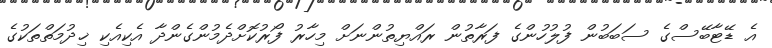
އެ ޑޭޓާބޭސްގެ ސަބަބުން ފުލުހުންގެ ފަރާތުން ރައްޔިތުންނަށް މިހާރު ފޯރުކޮށްދެމުންގެންދާ އެކިއެކި ޚިދުމަތްތަކުގެ